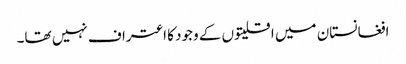
افغانستان میں اقلیتوں کے وجود کا اعتراف نہیں تھا۔